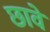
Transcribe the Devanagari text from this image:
छावे